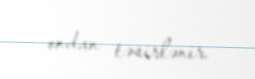
ondan təsirlənir.